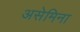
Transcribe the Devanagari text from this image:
असेमिना